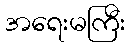
အရေးမကြီး